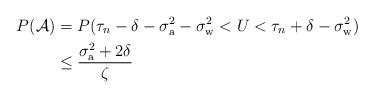
LaTeX: \begin{align*}P(\mathcal{A}) & = P(\tau_n - \delta - \sigma_{\rm a}^2 - \sigma_{\rm w}^2 < U < \tau_n + \delta - \sigma_{\rm w}^2) \\& \leq \frac{\sigma_{\rm a}^2 + 2 \delta}{\zeta}\end{align*}